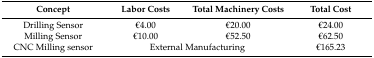
<table><thead><tr><td><b>Concept</b></td><td><b>Labor Costs</b></td><td><b>Total Machinery Costs</b></td><td><b>Total Cost</b></td></tr></thead><tbody><tr><td>Drilling Sensor</td><td>€4.00 </td><td>€20.00 </td><td>€24.00 </td></tr><tr><td>Milling Sensor</td><td>€10.00 </td><td>€52.50 </td><td>€62.50 </td></tr><tr><td>CNC Milling sensor</td><td colspan="2">External Manufacturing</td><td>€165.23 </td></tr></tbody></table>